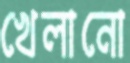
খেলানো